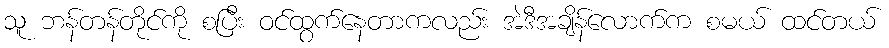
သူ ဘန်တန်တိုင်ကို စပြီး ဝင်ထွက်နေတာကလည်း အဲဒီအချိန်လောက်က စမယ် ထင်တယ်